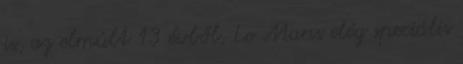
is, az elmúlt 13 évből. Le Mans elég speciális